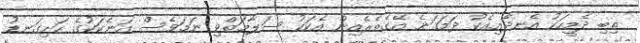
ތިބި ދެމީހަކު އެނދާއިއެކު ދަމަގަނެ އޭގެތެރެއިން އެކަކު ސަލާމަތްވި ނަމަވެސް އަނެކަކުގެ ހަށިގަނޑު